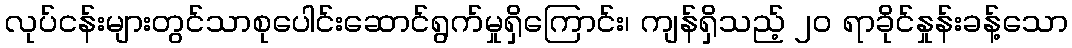
လုပ်ငန်းများတွင်သာစုပေါင်းဆောင်ရွက်မှုရှိကြောင်း၊ ကျန်ရှိသည့် ၂၀ ရာခိုင်နှုန်းခန့်သော